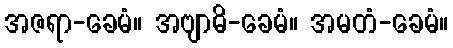
အဇရာ-ခေမံ။ အဗျာဓိ-ခေမံ။ အမတံ-ခေမံ။